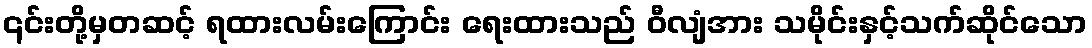
၎င်းတို့မှတဆင့် ရထားလမ်းကြောင်း ရေးထားသည် ဝီလျံအား သမိုင်းနှင့်သက်ဆိုင်သော